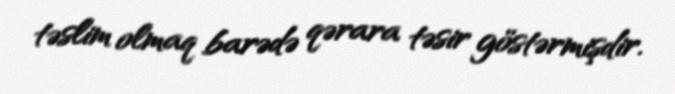
təslim olmaq barədə qərara təsir göstərmişdir.